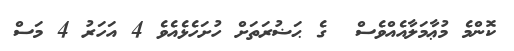
ކޮންމެ މުޢާމަލާއެއްވެސް  ގެ ޙަޟުރަތަށް ހުށަހެޅެއެވެ 4 އަހަރު 4 މަސް